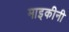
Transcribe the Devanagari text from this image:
माइकीनी